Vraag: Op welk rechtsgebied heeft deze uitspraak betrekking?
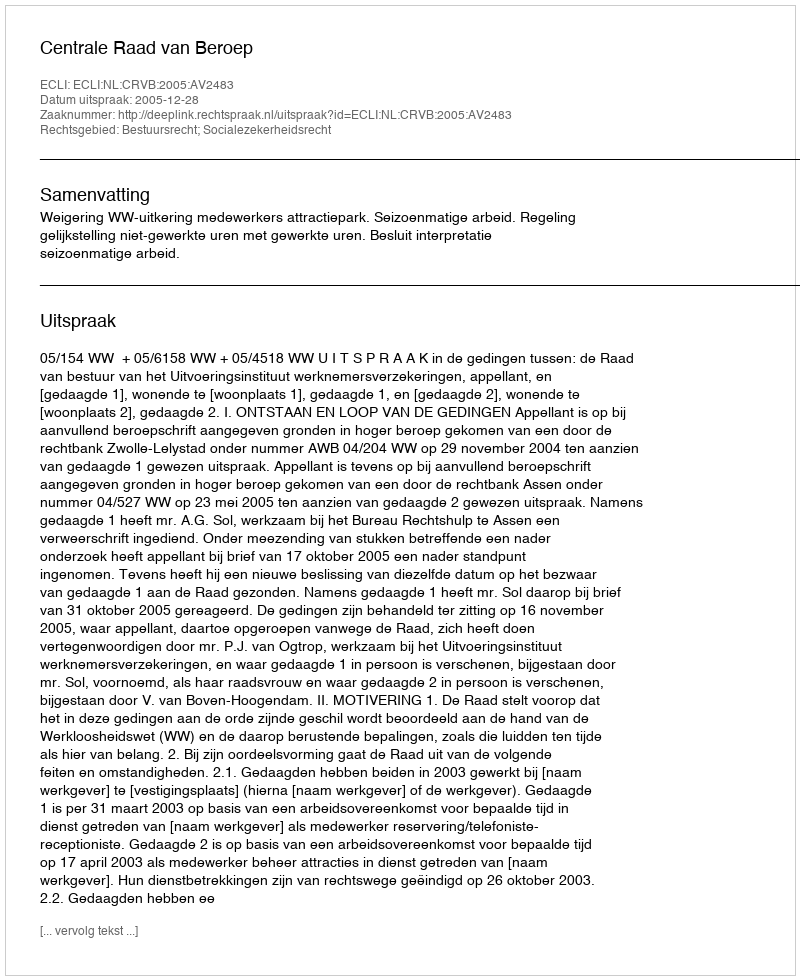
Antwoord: Bestuursrecht; Socialezekerheidsrecht